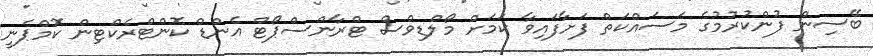
ބޭސިން ފުންކުރުމުގެ މަސައްކަތް ފަށާފައިވާ ކަމަށް މޯލްޑިވްސް ޓްރާންސްޕޯޓް އެންޑް ކޮންޓްރެކްޓިން ކޮމްޕެނީ